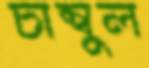
চাম্বুল